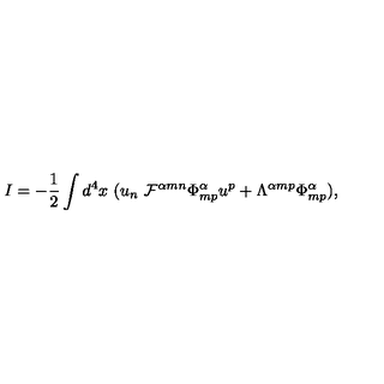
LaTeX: I = - \frac { 1 } { 2 } \int d ^ { 4 } x \ ( u _ { n } \ { \cal F } ^ { \alpha m n } { \Phi } _ { m p } ^ { \alpha } u ^ { p } + { \Lambda } ^ { \alpha m p } { \Phi } _ { m p } ^ { \alpha } ) ,